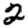
Digit: 2